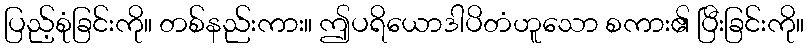
ပြည့်စုံခြင်းကို။ တစ်နည်းကား။ ဤပရိယောဒါပိတံဟူသော စကား၏ ပြီးခြင်းကို။